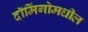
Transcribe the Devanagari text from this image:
दॉमिंगोमधील